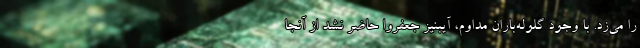
را می‌زد. با وجود گلوله‌باران مداوم، آیبنیز جعفروا حاضر نشد از آنجا